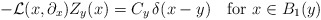
\begin{align*} -{\mathcal L}(x,\partial_x)Z_y(x)=C_y\,\delta(x-y) \quad\hbox{for}\ x\in B_1(y) \end{align*}